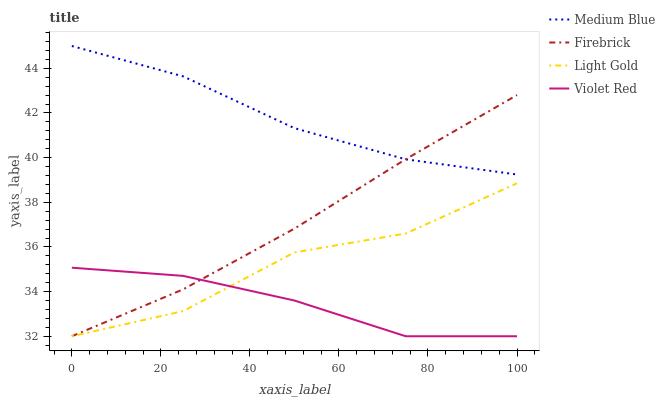
| xaxis_label | Medium Blue | Firebrick | Light Gold | Violet Red |
 | --- | --- | --- | --- | --- |
 | 0 | 45 | 32 | 32 | 35.1 |
 | 25 | 43.6 | 34.1 | 33.1 | 34.7 |
 | 50 | 41.3 | 36.8 | 35.8 | 33.6 |
 | 75 | 39.9 | 39.9 | 36.6 | 32 |
 | 100 | 39.2 | 42.8 | 38.8 | 32 |